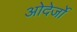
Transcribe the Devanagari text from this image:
ओदेर्जो